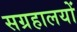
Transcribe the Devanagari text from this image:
सग्रहालयों